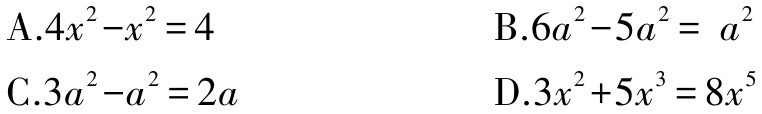
A.$4x^{2}-x^{2}=4$

B.$6a^{2}-5a^{2}= a^{2}$

C.$3a^{2}-a^{2}=2a$

D.$3x^{2}+5x^{3}=8x^{5}$